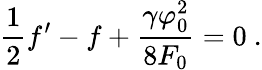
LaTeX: \frac{1}{2}f^{\prime}-f+\frac{\gamma\varphi_{0}^{2}}{8F_{0}}=0\ .